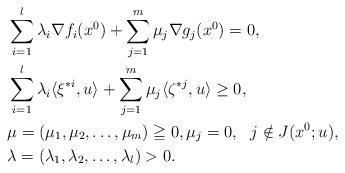
LaTeX: \begin{align*}&\sum_{i=1}^l\lambda_i\nabla f_i(x^0)+\sum_{j=1}^m\mu_j\nabla g_j(x^0)=0, \\&\sum_{i=1}^l\lambda_i\langle \xi^{*i}, u\rangle+\sum_{j=1}^m\mu_j\langle \zeta^{*j}, u\rangle\geq 0, \\&\mu=(\mu_1, \mu_2, \ldots, \mu_m)\geqq 0, \mu_j=0,\ \ j\notin J(x^0; u), \\&\lambda=(\lambda_1, \lambda_2, \ldots, \lambda_l)> 0. \end{align*}